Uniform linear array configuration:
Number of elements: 48
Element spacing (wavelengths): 0.75
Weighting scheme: kaiser
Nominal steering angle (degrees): -30
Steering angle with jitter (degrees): -29.904
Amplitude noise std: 0.05
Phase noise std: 0.05

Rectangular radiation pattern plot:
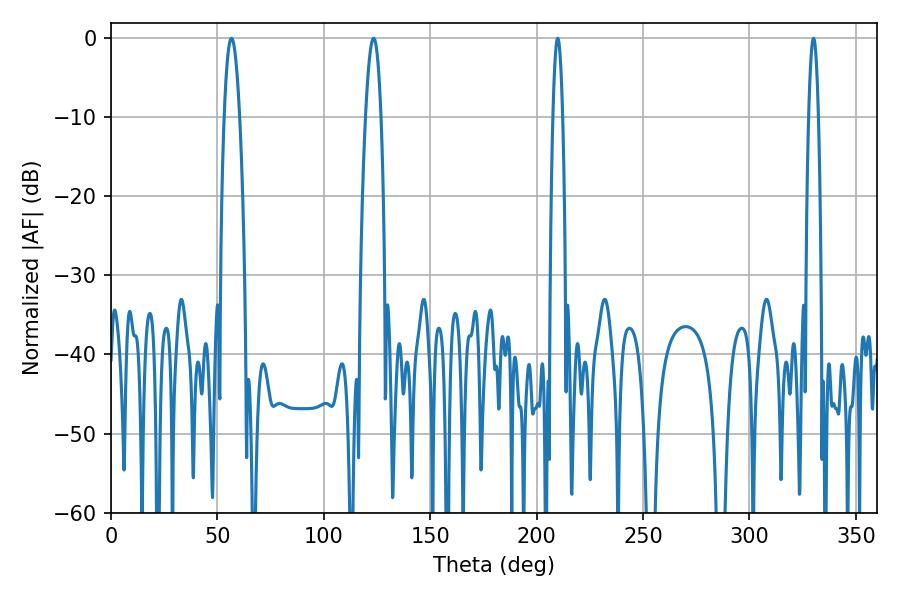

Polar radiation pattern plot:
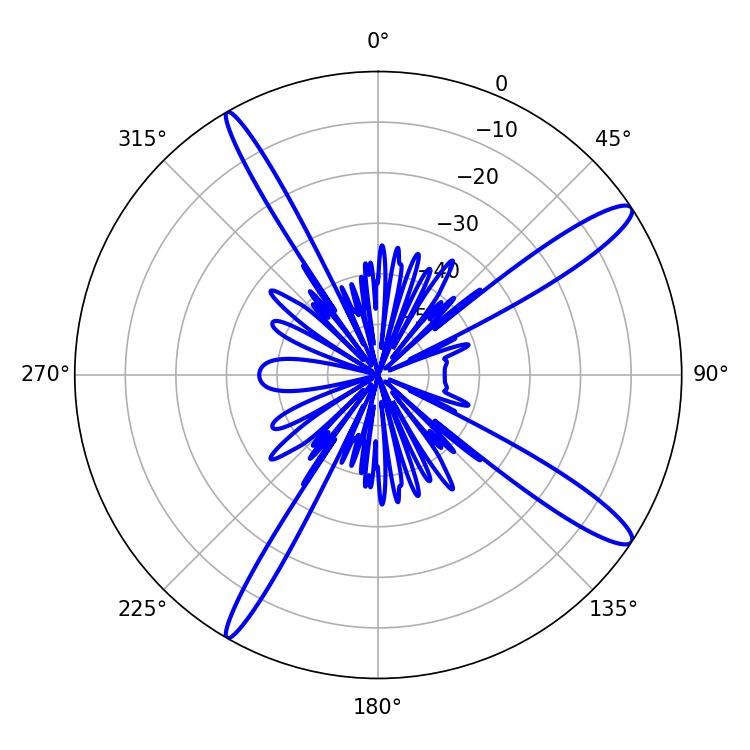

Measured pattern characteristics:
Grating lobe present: TRUE
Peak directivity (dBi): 14.054
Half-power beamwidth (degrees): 2.52
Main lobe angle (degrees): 209.88